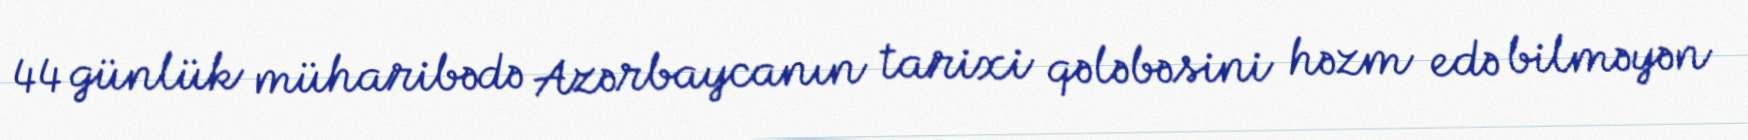
44 günlük müharibədə Azərbaycanın tarixi qələbəsini həzm edə bilməyən